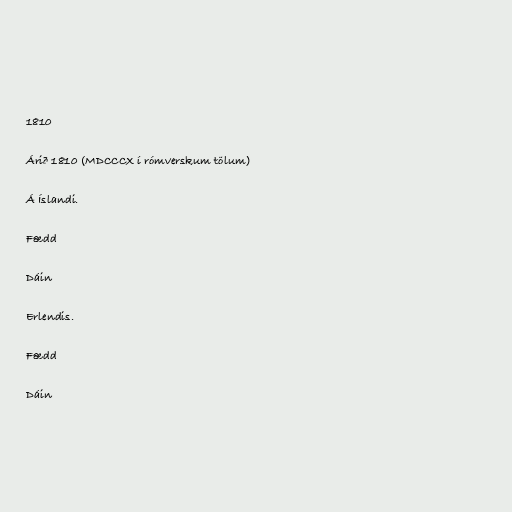
1810

Árið 1810 (MDCCCX í rómverskum tölum)

Á Íslandi.

Fædd

Dáin

Erlendis.

Fædd

Dáin